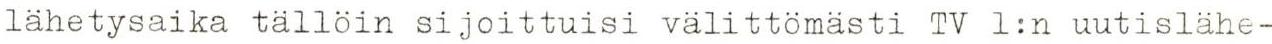
lähetysaika tällöin sijoittuisi välittömästi TV 1:n uutislähe-